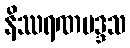
နိဿရဏမဒ္ဒသ